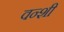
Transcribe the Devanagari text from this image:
वन्शी